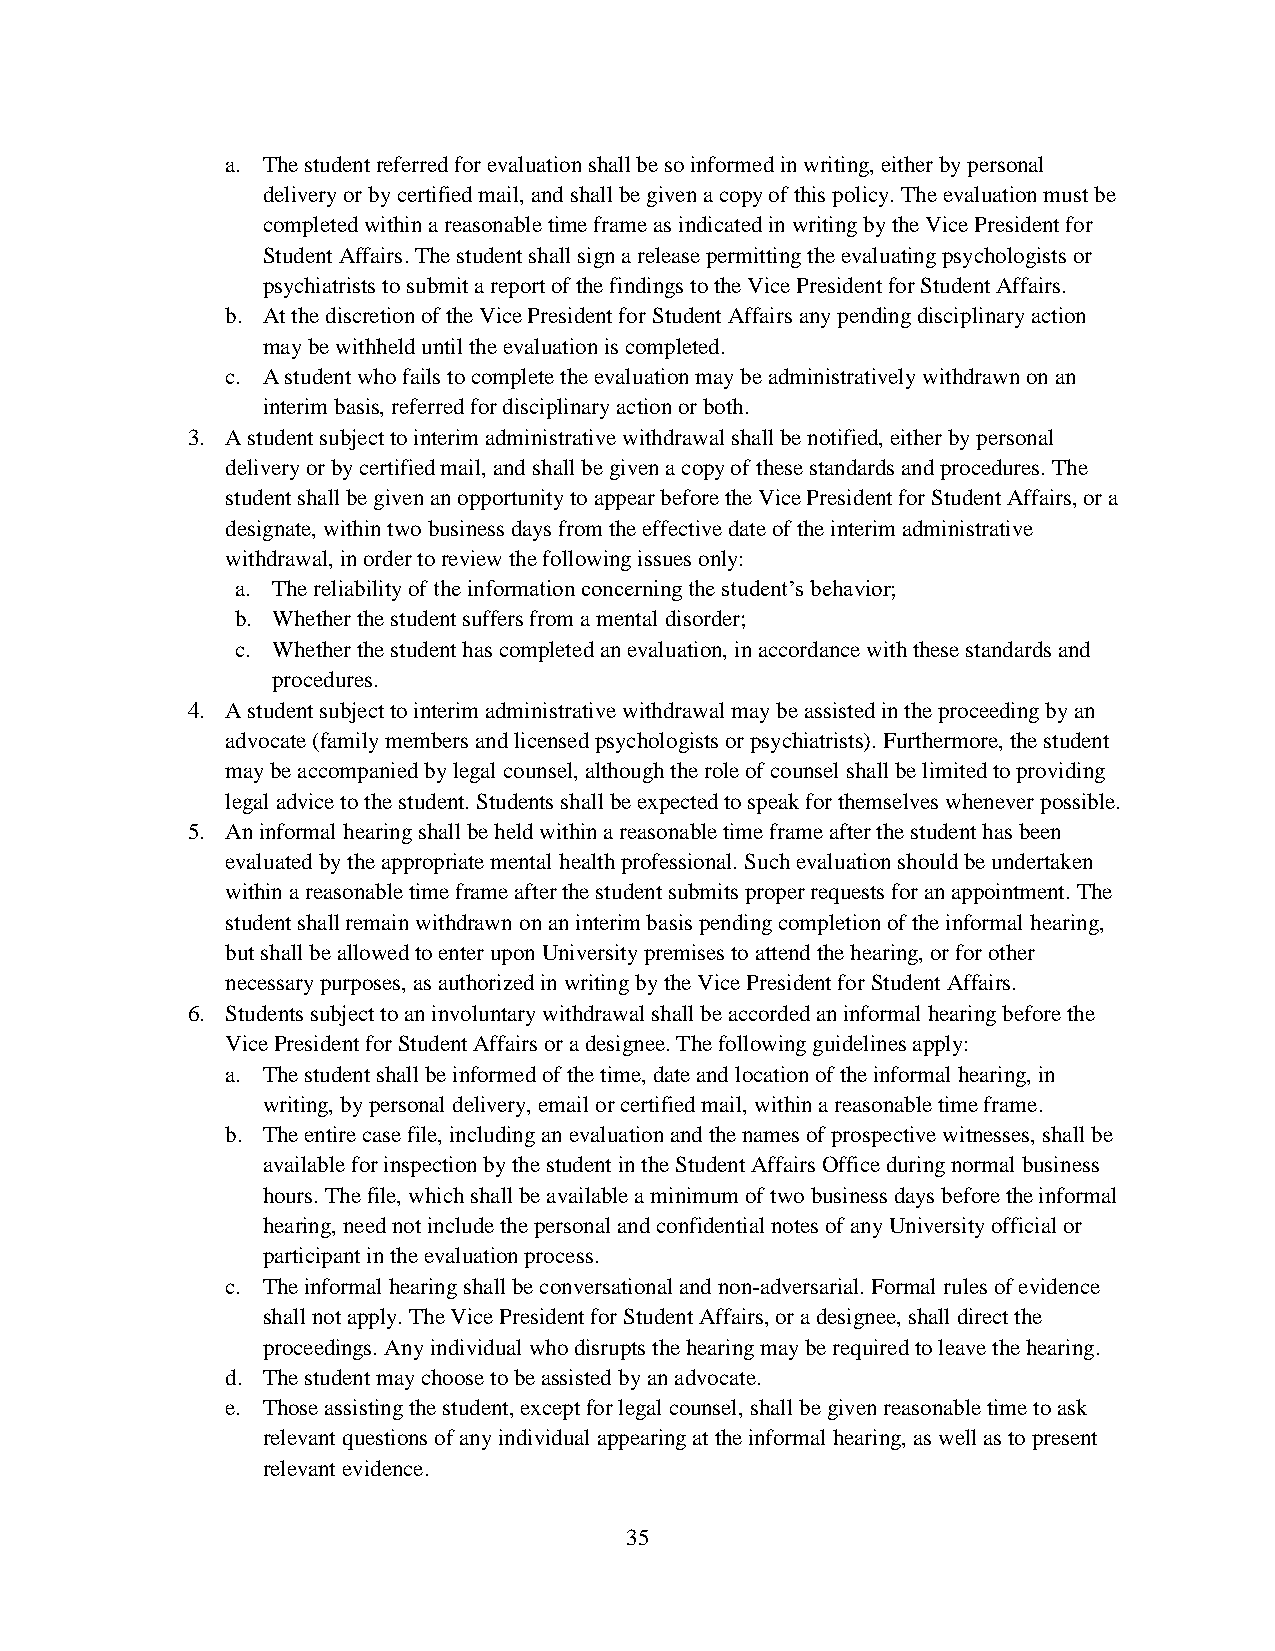
a. The student referred for evaluation shall be so informed in writing, either by personal
 delivery or by certified mail, and shall be given a copy of this policy. The evaluation must be
 completed within a reasonable time frame as indicated in writing by the Vice President for
 Student Affairs. The student shall sign a release permitting the evaluating psychologists or
 psychiatrists to submit a report of the findings to the Vice President for Student Affairs.
 b. At the discretion of the Vice President for Student Affairs any pending disciplinary action
 may be withheld until the evaluation is completed.
 c. A student who fails to complete the evaluation may be administratively withdrawn on an
 interim basis, referred for disciplinary action or both.
 3. A student subject to interim administrative withdrawal shall be notified, either by personal
 delivery or by certified mail, and shall be given a copy of these standards and procedures. The
 student shall be given an opportunity to appear before the Vice President for Student Affairs, or a
 designate, within two business days from the effective date of the interim administrative
 withdrawal, in order to review the following issues only:
 a. The reliability of the information concerning the student’s behavior;
 b. Whether the student suffers from a mental disorder;
 c. Whether the student has completed an evaluation, in accordance with these standards and
 procedures.
 4. A student subject to interim administrative withdrawal may be assisted in the proceeding by an
 advocate (family members and licensed psychologists or psychiatrists). Furthermore, the student
 may be accompanied by legal counsel, although the role of counsel shall be limited to providing
 legal advice to the student. Students shall be expected to speak for themselves whenever possible.
 5. An informal hearing shall be held within a reasonable time frame after the student has been
 evaluated by the appropriate mental health professional. Such evaluation should be undertaken
 within a reasonable time frame after the student submits proper requests for an appointment. The
 student shall remain withdrawn on an interim basis pending completion of the informal hearing,
 but shall be allowed to enter upon University premises to attend the hearing, or for other
 necessary purposes, as authorized in writing by the Vice President for Student Affairs.
 6. Students subject to an involuntary withdrawal shall be accorded an informal hearing before the
 Vice President for Student Affairs or a designee. The following guidelines apply:
 a. The student shall be informed of the time, date and location of the informal hearing, in
 writing, by personal delivery, email or certified mail, within a reasonable time frame.
 b. The entire case file, including an evaluation and the names of prospective witnesses, shall be
 available for inspection by the student in the Student Affairs Office during normal business
 hours. The file, which shall be available a minimum of two business days before the informal
 hearing, need not include the personal and confidential notes of any University official or
 participant in the evaluation process.
 c. The informal hearing shall be conversational and non-adversarial. Formal rules of evidence
 shall not apply. The Vice President for Student Affairs, or a designee, shall direct the
 proceedings. Any individual who disrupts the hearing may be required to leave the hearing.
 d. The student may choose to be assisted by an advocate.
 e. Those assisting the student, except for legal counsel, shall be given reasonable time to ask
 relevant questions of any individual appearing at the informal hearing, as well as to present
 relevant evidence.
 35